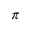
\pi